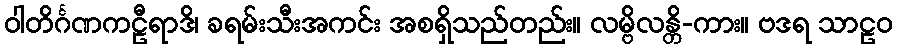
ဝါတိင်္ဂဏကဠီရာဒိ၊ ခရမ်းသီးအကင်း အစရှိသည်တည်း။ လမ္ဗိလန္တိ-ကား။ ဗဒရ သာဠဝ